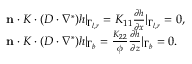
\begin{array} { r } { \begin{array} { l } { \mathbf { n } \cdot K \cdot ( D \cdot \nabla ^ { * } ) h | _ { \Gamma _ { l , r } } = K _ { 1 1 } \frac { \partial h } { \partial x } | _ { \Gamma _ { l , r } } = 0 , } \\ { \mathbf { n } \cdot K \cdot ( D \cdot \nabla ^ { * } ) h | _ { \Gamma _ { b } } = \frac { K _ { 2 2 } } { \phi } \frac { \partial h } { \partial z } | _ { \Gamma _ { b } } = 0 . } \end{array} } \end{array}